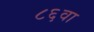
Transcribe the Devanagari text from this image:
८६वा